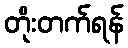
တိုးတက်ရန်